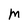
Character: M